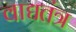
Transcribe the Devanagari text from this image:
वाद्यतंत्र